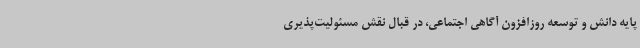
پایه دانش و توسعه روزافزون آگاهی اجتماعی، در قبال نقش مسئولیت‌پذیری